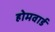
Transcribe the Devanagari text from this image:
होमवार्ड